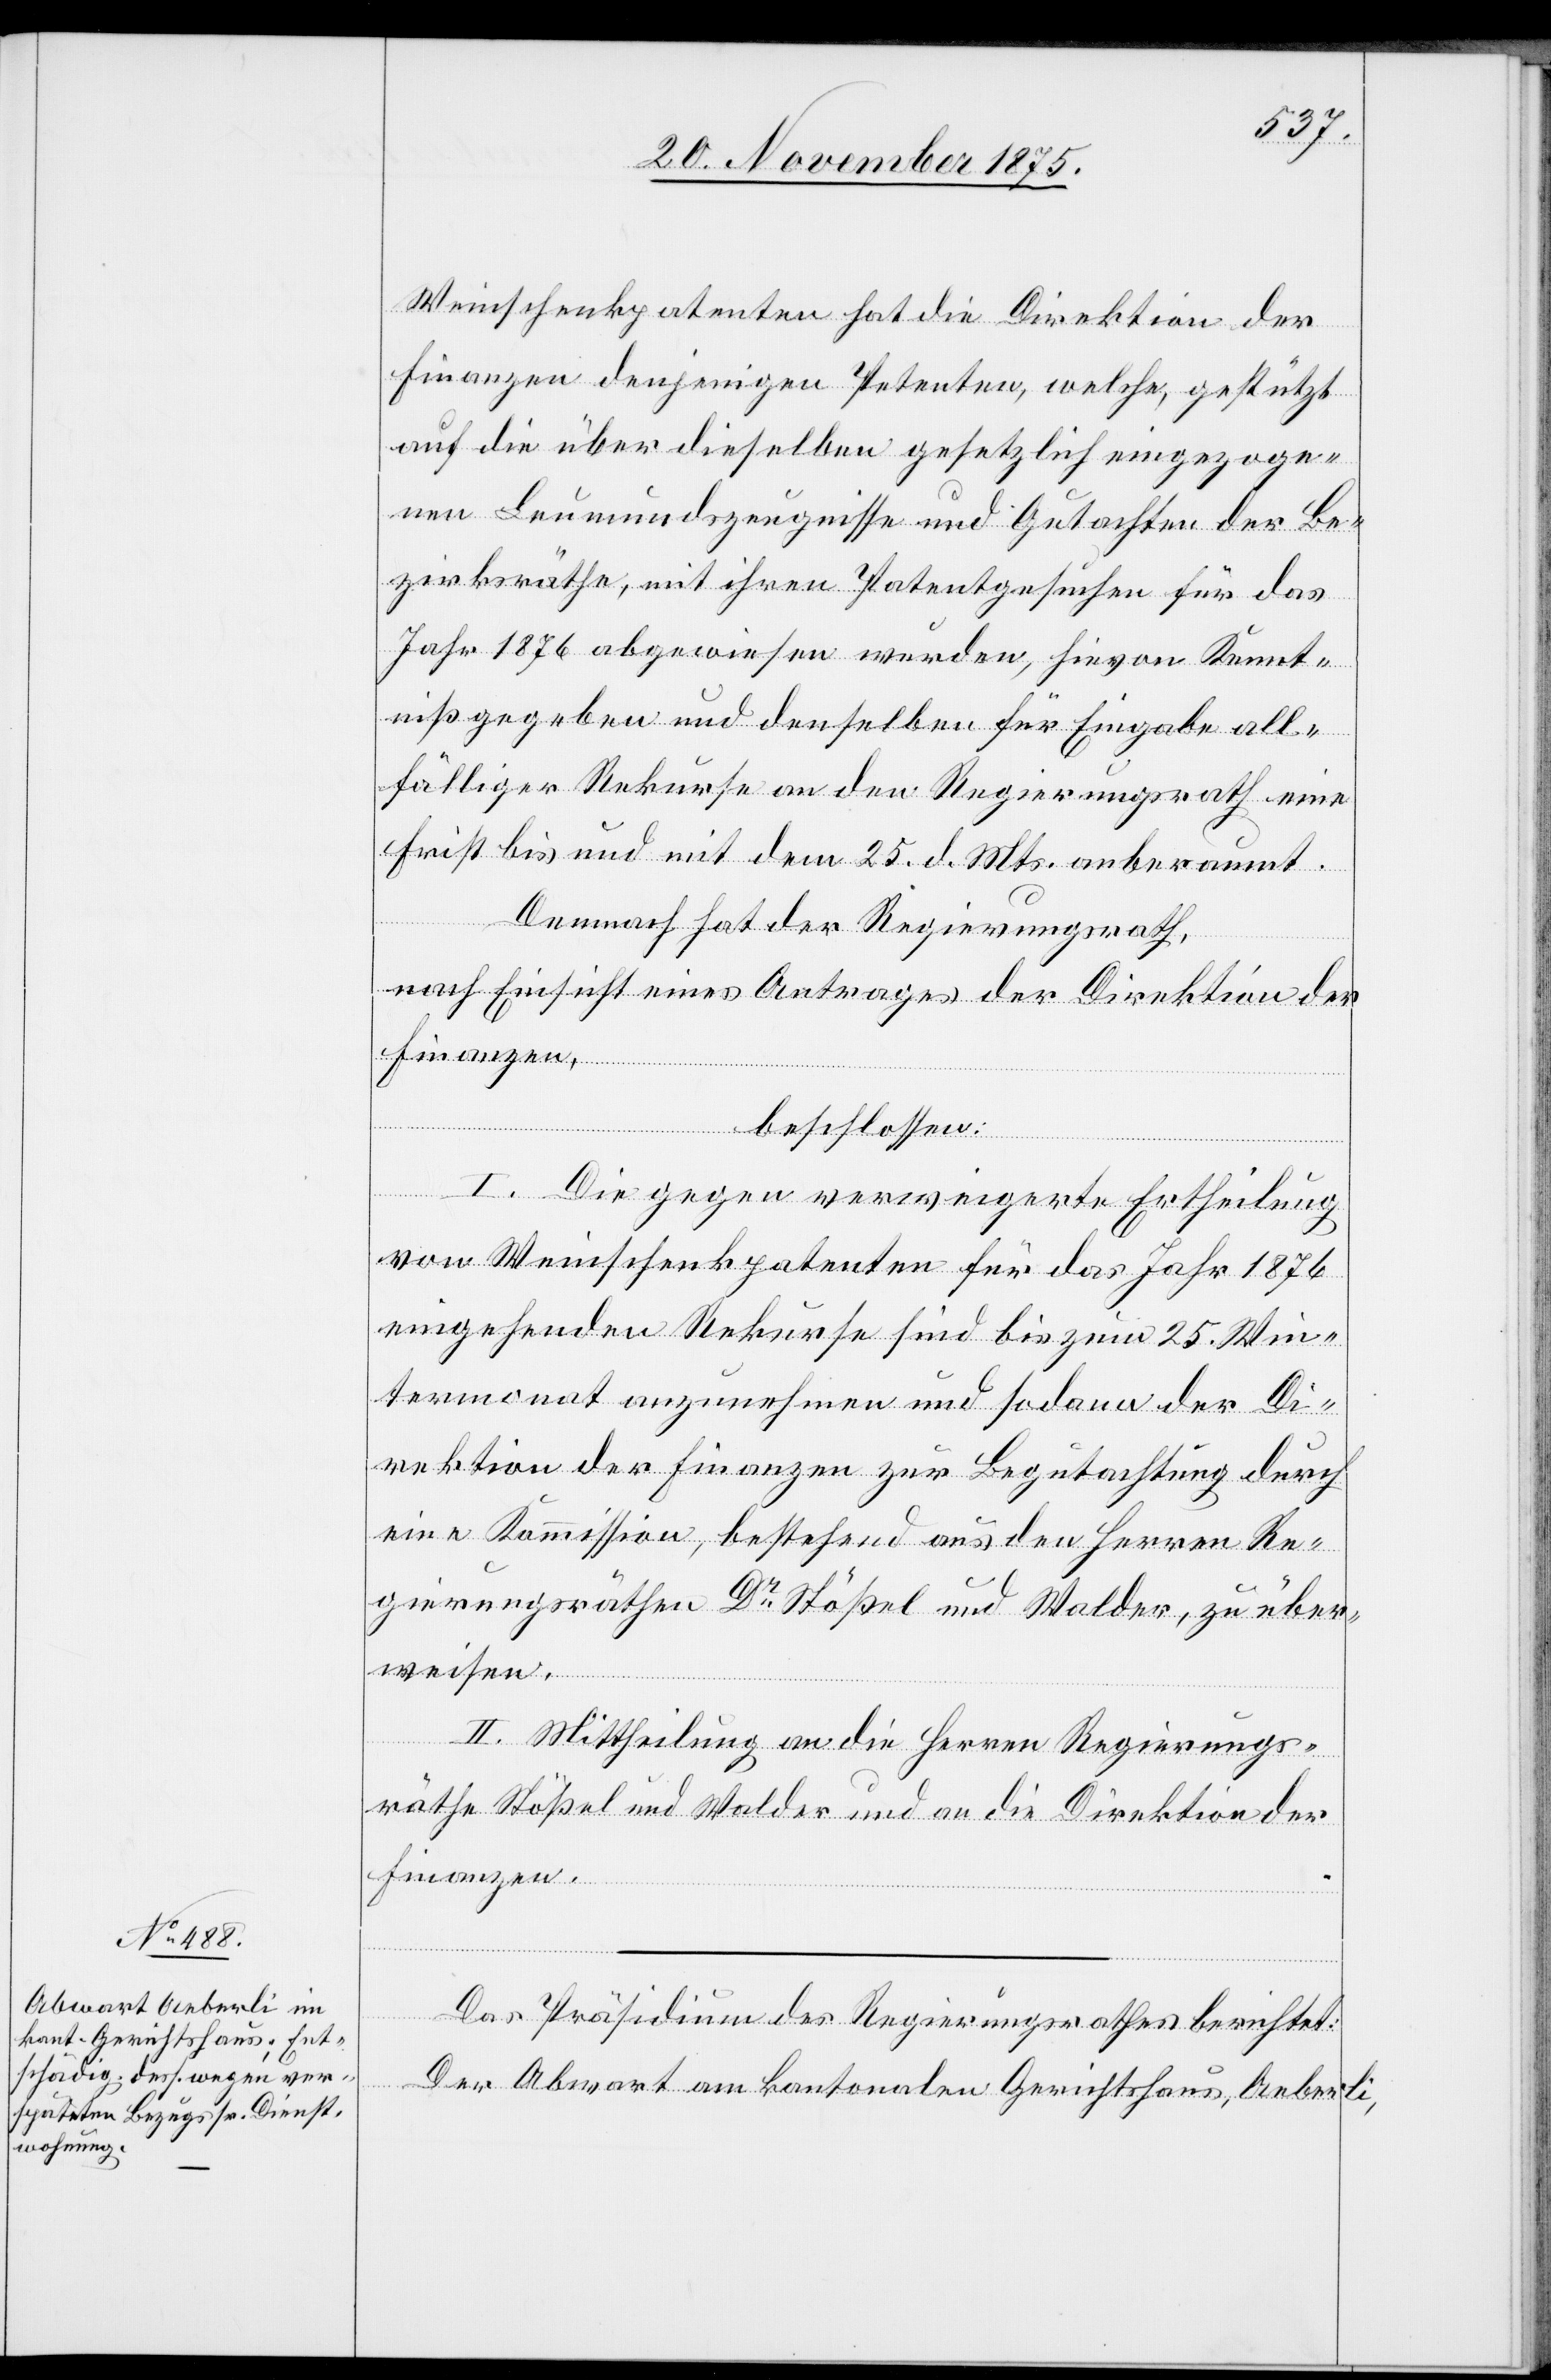
Weinschenkpatenten hat die Direktion der
Finanzen denjenigen Petenten, welche, gestützt
auf die über dieselben gesetzlich eingezoge¬
nen Leumundszeugnisse und Gutachten der Be¬
zirksräthe, mit ihren Patentgesuchen für das
Jahr 1876 abgewiesen wurden, hievon Kennt¬
niß gegeben und denselben für Eingabe all¬
fälliger Rekurse an den Regierungsrath eine
Frist bis und mit dem 25. d. Mts. anberaumt.
Demnach hat der Regierungsrath,
nach Einsicht eines Antrages der Direktion der
Finanzen,
beschlossen:
I. Die gegen verweigerte Ertheilung
von Weinschenkpatenten für das Jahr 1876
eingehenden Rekurse sind bis zum 25. Win¬
termonat anzunehmen und sodann der Di¬
rektion der Finanzen zur Begutachtung durch
eine Kommission, bestehend aus den Herren Re¬
gierungsräthen Dr Stößel und Walder, zu über¬
weisen.
II. Mittheilung an die Herren Regierungs¬
räthe Stößel und Walder und an die Direktion der
Finanzen.
Das Präsidium des Regierungsrathes berichtet:
Der Abwart am kantonalen Gerichtshaus, Aeberli,